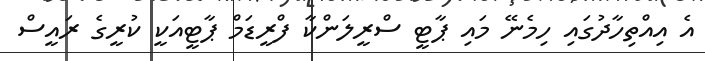
އެ އިއްތިހާދުގައި ހިމެނޭ މައި ޕާޓީ ސްރީލަންކާ ފްރީޑަމް ޕާޓީއަކީ ކުރީގެ ރައީސް